Treatise on elephants
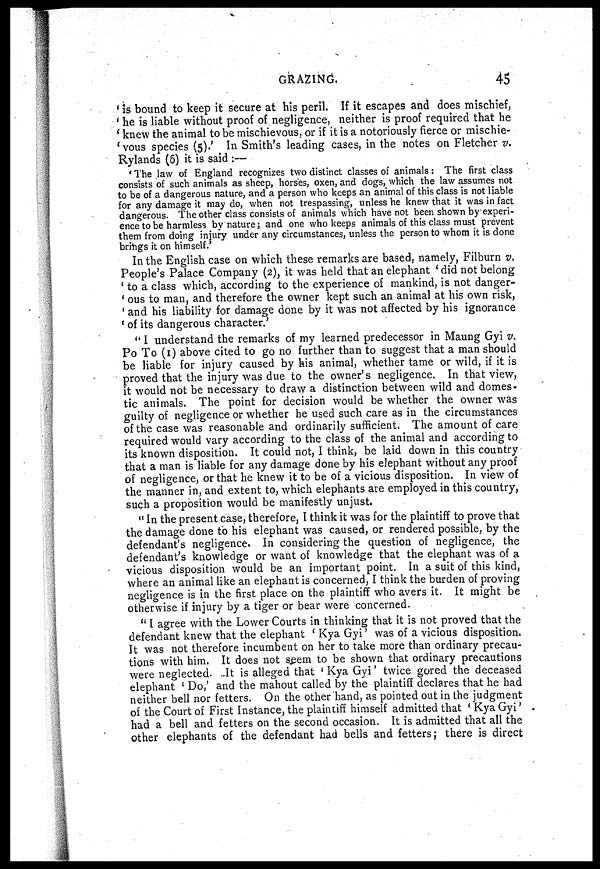
GRAZING.
45
' is bound to keep it secure at his peril. If it escapes and does mischief,
' he is liable without proof of negligence, neither is proof required that he
' knew the animal to be mischievous, or if it is a notoriously fierce or mischie-
' vous species (5).' In Smith's leading cases, in the notes on Fletcher v.
Rylands (6) it is said :—
' The law of England recognizes two distinct classes of animals: The first class
consists of such animals as sheep, horses, oxen, and dogs, which the law assumes not
to be of a dangerous nature, and a person who keeps an animal of this class is not liable
for any damage it may do, when not trespassing, unless he knew that it was in fact
dangerous. The other class consists of animals which have not been shown by experi-
ence to be harmless by nature; and one who keeps animals of this class must prevent
them from doing injury under any circumstances, unless the person to whom it is done
brings it on himself.'
In the English case on which these remarks are based, namely, Filburn v.
People's Palace Company (2), it was held that an elephant ' did not belong
' to a class which, according to the experience of mankind, is not danger-
' ous to man, and therefore the owner kept such an animal at his own risk,
' and his liability for damage done by it was not affected by his ignorance
' of its dangerous character.'
" I understand the remarks of my learned predecessor in Maung Gyi v.
Po To (1) above cited to go no further than to suggest that a man should
be liable for injury caused by his animal, whether tame or wild, if it is
proved that the injury was due to the owner's negligence. In that view,
it would not be necessary to draw a distinction between wild and domes-
tic animals. The point for decision would be whether the owner was
guilty of negligence or whether he used such care as in the circumstances
of the case was reasonable and ordinarily sufficient. The amount of care
required would vary according to the class of the animal and according to
its known disposition. It could not, I think, be laid down in this country
that a man is liable for any damage done by his elephant without any proof
of negligence, or that he knew it to be of a vicious disposition. In view of
the manner in, and extent to, which elephants are employed in this country,
such a proposition would be manifestly unjust.
" In the present case, therefore, I think it was for the plaintiff to prove that
the damage done to his elephant was caused, or rendered possible, by the
defendant's negligence. In considering the question of negligence, the
defendant's knowledge or want of knowledge that the elephant was of a
vicious disposition would be an important point. In a suit of this kind,
where an animal like an elephant is concerned, I think the burden of proving
negligence is in the first place on the plaintiff who avers it. It might be
otherwise if injury by a tiger or bear were concerned.
" I agree with the Lower Courts in thinking that it is not proved that the
defendant knew that the elephant 'Kya Gyi' was of a vicious disposition.
It was not therefore incumbent on her to take more than ordinary precau-
tions with him. It does not seem to be shown that ordinary precautions
were neglected. It is alleged that ' Kya Gyi' twice gored the deceased
elephant ' Do,' and the mahout called by the plaintiff declares that he had
neither bell nor fetters. On the other hand, as pointed out in the judgment
of the Court of First Instance, the plaintiff himself admitted that ' Kya Gyi'
had a bell and fetters on the second occasion. It is admitted that all the
other elephants of the defendant had bells and fetters; there is direct